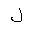
Letter: _lam